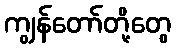
ကျွန်တော်တို့တွေ